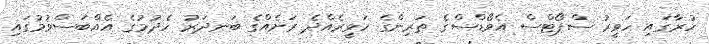
ހުރާގައި ހަވީރު ސްޕޯޓްސް އެވޯޑްސްގެ ތަރިންގެ ހަވީރެއްދެ ރަށެއްގެ ބަނދަރު ހެދުމުގެ އެއްބަސްވުމުގައި